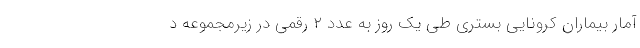
آمار بیماران کرونایی بستری طی یک روز به عدد ۲ رقمی در زیرمجموعه د